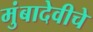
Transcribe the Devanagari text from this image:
मुंबादेवीचे